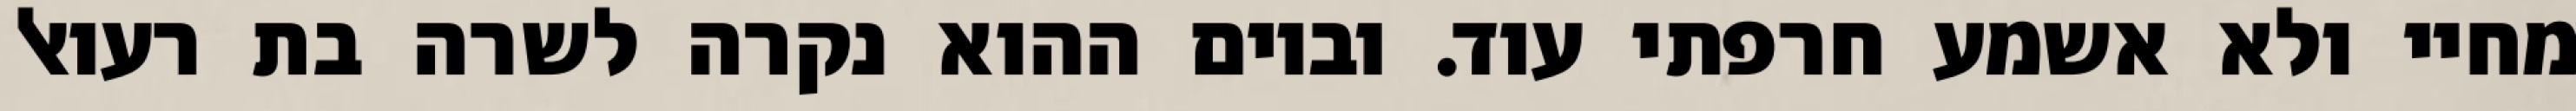
מחיי ולא אשמע חרפתי עוד. וביום ההוא נקרה לשרה בת רעואל